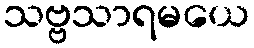
သဗ္ဗသာရမယေ